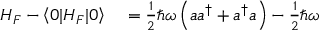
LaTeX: \begin{array} { r l } { H _ { F } - \left\langle 0 | H _ { F } | 0 \right\rangle } & { { } = { \frac { 1 } { 2 } } \hbar \omega \left( a a ^ { \dagger } + a ^ { \dagger } a \right) - { \frac { 1 } { 2 } } \hbar \omega } \end{array}